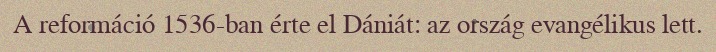
A reformáció 1536-ban érte el Dániát: az ország evangélikus lett.